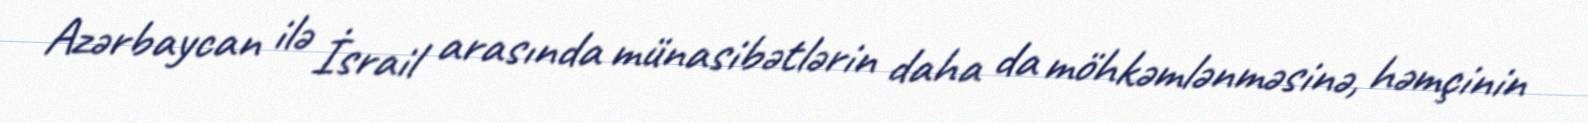
Azərbaycan ilə İsrail arasında münasibətlərin daha da möhkəmlənməsinə, həmçinin